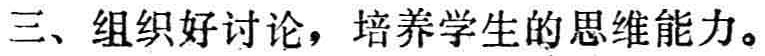
三、组织好讨论，培养学生的思维能力。